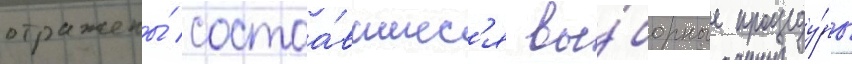
отражены́ состоа́вшиес'я вы́борные процеду́ры